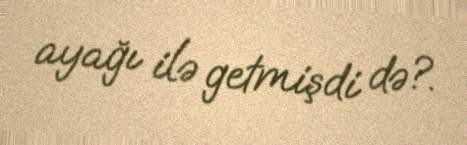
ayağı ilə getmişdi də?.